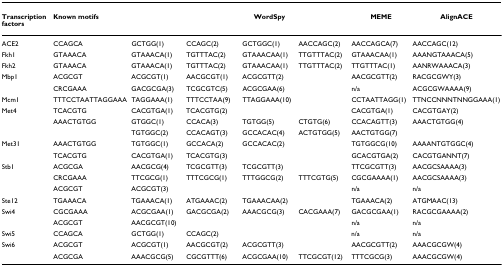
<table><thead><tr><td><b>Transcription factors</b></td><td><b>Known motifs</b></td><td></td><td></td><td><b>WordSpy</b></td><td></td><td><b>MEME</b></td><td><b>AlignACE</b></td></tr></thead><tbody><tr><td>ACE2</td><td>CCAGCA</td><td>GCTGG(1)</td><td>CCAGC(2)</td><td>GCTGGC(1)</td><td>AACCAGC(2)</td><td>AACCAGCA(7)</td><td>AACCAGC(12)</td></tr><tr><td>Fkh1</td><td>GTAAACA</td><td>GTAAACA(1)</td><td>TGTTTAC(2)</td><td>GTAAACAA(1)</td><td>TTGTTTAC(2)</td><td>GTAAACAA(1)</td><td>AAANGTAAACA(5)</td></tr><tr><td>Fkh2</td><td>GTAAACA</td><td>GTAAACA(1)</td><td>TGTTTAC(2)</td><td>GTAAACAA(1)</td><td>TTGTTTAC(2)</td><td>TTGTTTAC(1)</td><td>AANRWAAACA(3)</td></tr><tr><td>Mbp1</td><td>ACGCGT</td><td>ACGCGT(1)</td><td>AACGCGT(1)</td><td>ACGCGTT(2)</td><td></td><td>AACGCGTT(2)</td><td>RACGCGWY(3)</td></tr><tr><td></td><td>CRCGAAA</td><td>GACGCGA(3)</td><td>TCGCGTC(5)</td><td>ACGCGAA(6)</td><td></td><td>n/a</td><td>ACGCGWAAAA(9)</td></tr><tr><td>Mcm1</td><td>TTTCCTAATTAGGAAA</td><td>TAGGAAA(1)</td><td>TTTCCTAA(9)</td><td>TTAGGAAA(10)</td><td></td><td>CCTAATTAGG(1)</td><td>TTNCCNNNTNNGGAAA(1)</td></tr><tr><td>Met4</td><td>TCACGTG</td><td>CACGTGA(1)</td><td>TCACGTG(2)</td><td></td><td></td><td>CACGTGA(1)</td><td>CACGTGAY(2)</td></tr><tr><td></td><td>AAACTGTGG</td><td>GTGGC(1)</td><td>CCACA(3)</td><td>TGTGG(5)</td><td>CTGTG(6)</td><td>CCACAGTT(3)</td><td>AAACTGTGG(4)</td></tr><tr><td></td><td></td><td>TGTGGC(2)</td><td>CCACAGT(3)</td><td>GCCACAC(4)</td><td>ACTGTGG(5)</td><td>AACTGTGG(7)</td><td></td></tr><tr><td>Met31</td><td>AAACTGTGG</td><td>TGTGGC(1)</td><td>GCCACA(2)</td><td>GCCACAC(2)</td><td></td><td>TGTGGCG(10)</td><td>AAAANTGTGGC(4)</td></tr><tr><td></td><td>TCACGTG</td><td>CACGTGA(1)</td><td>TCACGTG(3)</td><td></td><td></td><td>GCACGTGA(2)</td><td>CACGTGANNT(7)</td></tr><tr><td>Stb1</td><td>ACGCGA</td><td>AACGCG(4)</td><td>TCGCGTT(3)</td><td>TCGCGTT(3)</td><td></td><td>TTCGCGTT(3)</td><td>AACGCSAAAA(3)</td></tr><tr><td></td><td>CRCGAAA</td><td>TTCGCG(1)</td><td>TTTCGCG(1)</td><td>TTTGGCG(2)</td><td>TTTCGTG(5)</td><td>CGCGAAAA(1)</td><td>AACGCSAAAA(3)</td></tr><tr><td></td><td>ACGCGT</td><td>ACGCGT(3)</td><td></td><td></td><td></td><td>n/a</td><td>n/a</td></tr><tr><td>Ste12</td><td>TGAAACA</td><td>TGAAACA(1)</td><td>ATGAAAC(2)</td><td>TGAAACAA(2)</td><td></td><td>TGAAACA(2)</td><td>ATGMAAC(13)</td></tr><tr><td>Swi4</td><td>CGCGAAA</td><td>ACGCGAA(1)</td><td>GACGCGA(2)</td><td>AAACGCG(3)</td><td>CACGAAA(7)</td><td>GACGCGAA(1)</td><td>RACGCGAAAA(2)</td></tr><tr><td></td><td>ACGCGT</td><td>AACGCGT(10)</td><td></td><td></td><td></td><td>n/a</td><td>n/a</td></tr><tr><td>Swi5</td><td>CCAGCA</td><td>GCTGG(1)</td><td>CCAGC(2)</td><td></td><td></td><td>n/a</td><td>n/a</td></tr><tr><td>Swi6</td><td>ACGCGT</td><td>ACGCGT(1)</td><td>AACGCGT(2)</td><td>ACGCGTT(3)</td><td></td><td>AACGCGTT(2)</td><td>AAACGCGW(4)</td></tr><tr><td></td><td>ACGCGA</td><td>AAACGCG(5)</td><td>CGCGTTT(6)</td><td>ACGCGAA(10)</td><td>TTCGCGT(12)</td><td>TTTCGCG(3)</td><td>AAACGCGW(4)</td></tr></tbody></table>